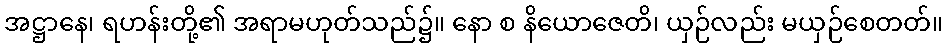
အဋ္ဌာနေ၊ ရဟန်းတို့၏ အရာမဟုတ်သည်၌။ နော စ နိယောဇေတိ၊ ယှဉ်လည်း မယှဉ်စေတတ်။